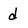
Character: d